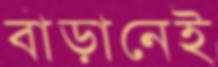
বাড়ানেই